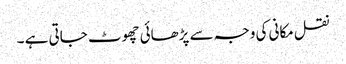
نقل مکانی کی وجہ سے پڑھائی چھوٹ جاتی ہے ۔